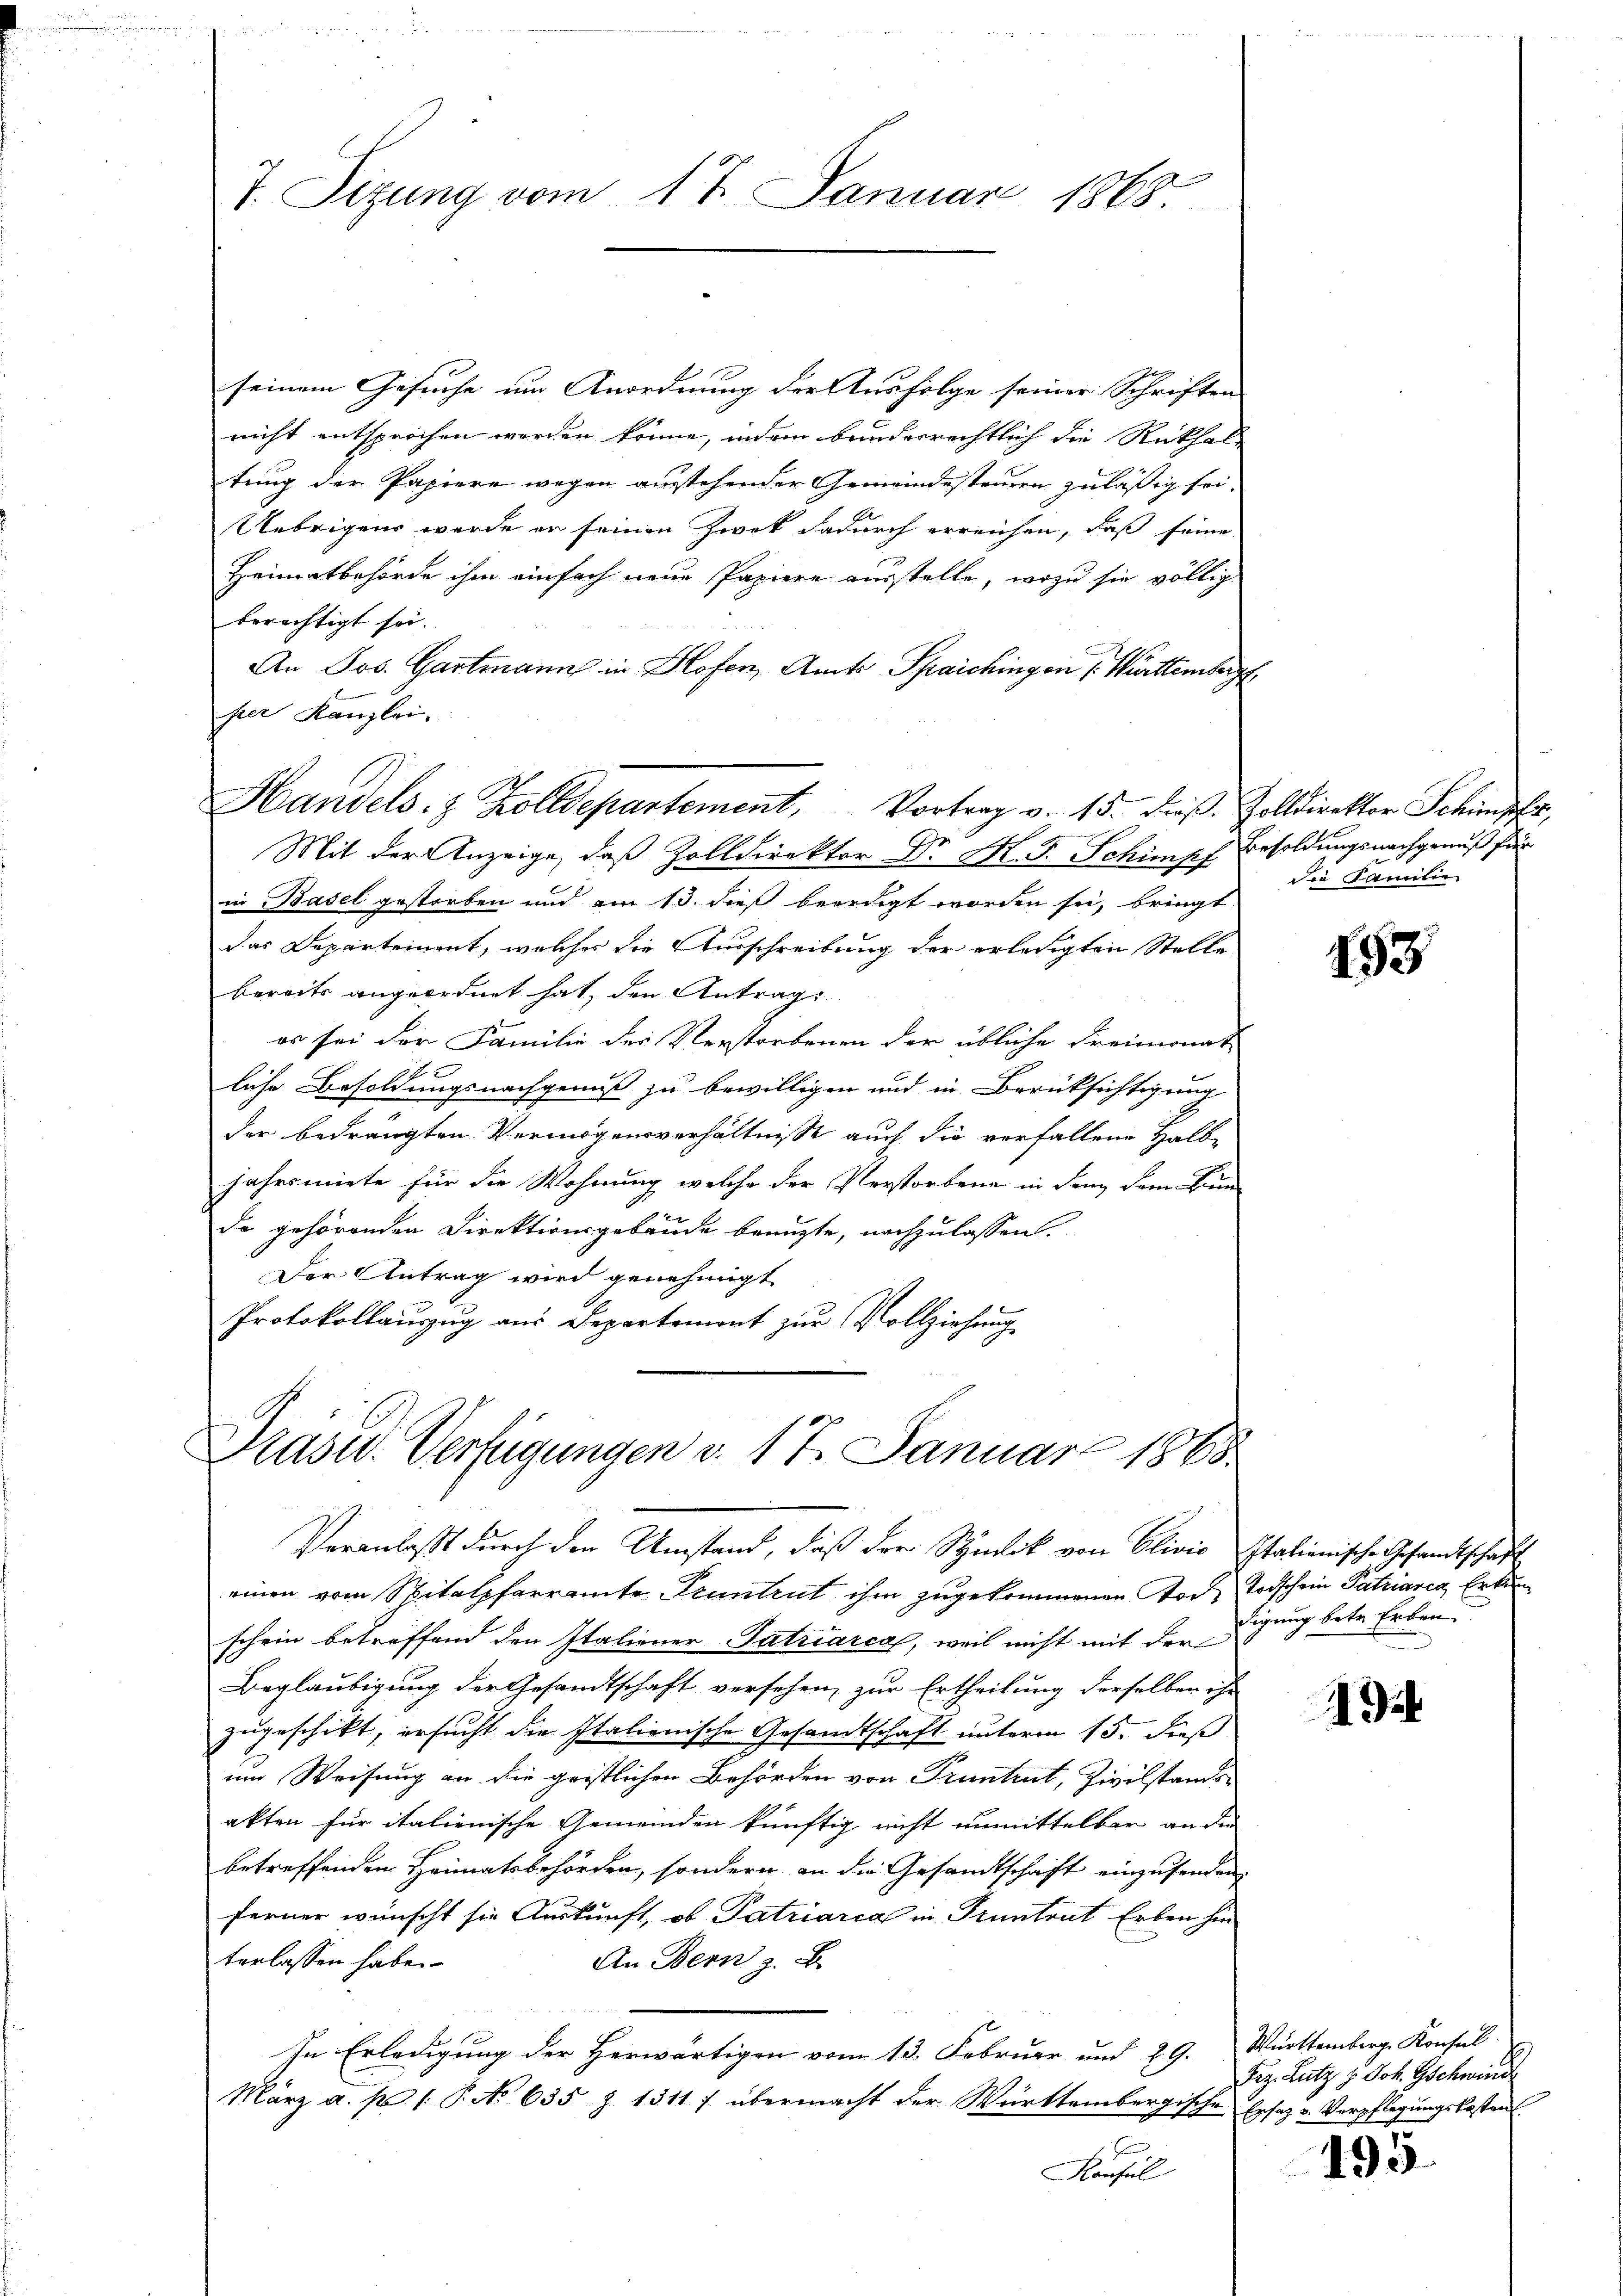
7. Sizung vom 17. Januar 1868.

Handels- & Zolldepartement, Vortrag v. 15. dieβ. Zolldirektor Schimpfer,

seinem Gesuche um Anordnung der Ausfolge seiner Schriften
nicht entsprochen werden könne, indem bunderrechtlich die Rickholz
tung der Papiere wegen ausstehender Gemeindesteuern zuläßig sei.
Uebrigens werde er seinen Zwek dadurch erreichen, daß seine
Heimatbehörde ihm einfach neue Papiere ausstelle, wozu sie völlig
berechtigt sei.
An Jos. Gartmann in Hofern Amts Spaichingen Württemberg
per Kanzlei,
Mit der Anzeige, daß Zolldirektor Dr. M. D. Schimpf Besoldungsnachgenuß für
in Basel gestorben und am 13. dieß beerdigt worden sei, bringt.
das Departement, welches die Ausschreibung der erledigten Stelle
bereits angeordnet hat, den Antrags

es sei der Familie der Verstorbenen der übliche Freimonat
liche Besoldungsnachgenuß zu bewilligen und in Berüksichtigung
der bedrängten Vermögensverhältnisse auch die verfallene Halb-
jahrsmiete für die Wohnung welche der Verstorbene in den dem Bun
de gehörenden Direktionsgebäude beaufte, nachzulassen.
Der Antrag wird genehmigt.
Protokollauszug aus Departemont zur Vollziehung

Prasw. Verfügungen d. 17. Januar 1868
Veranlasst durch den Umstand, daß der Symik von Olivio Italienische Gesandtschaft

einen vom Spitalpfarramte Pruntrut ihm zugekommenen Tode Todschein Patriares Ert
schein betreffend den Italiener Patriarca, weil nicht mit der
Beglaubigung der Gesandtschaft versehen, zur Ertheilung derselben ihr
zugeschikt, ersucht die Italienische Gesandtschaft unterm 15. dieß
um Weisung an die geistlichen Behörden von Pruntrut, Zivilstands
akten für italienische Gemeinden künftig nicht unmittelbar an die
betreffenden Heimatsbehörden, sondern an die Gesandtschaft einzusenden
ferner wünscht sie Auskunft, ob Patriarca in Pruntrat Erben hin
terlassen habe.
An Bern z. B.
In Erledigung der Herwärtigen vom 13. Februar und 29.
März a. p. 1. P. No 635 Z. 1511 f übermacht der Württembergische Ersatz v. Verpflegungskosten
Konsul

Die Familie

153

digung betr. Erken.

1

Württemberg Konsul
Tiz. Lutz z. Joh. Gschwinde

195